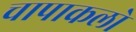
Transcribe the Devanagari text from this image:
चापाकलो